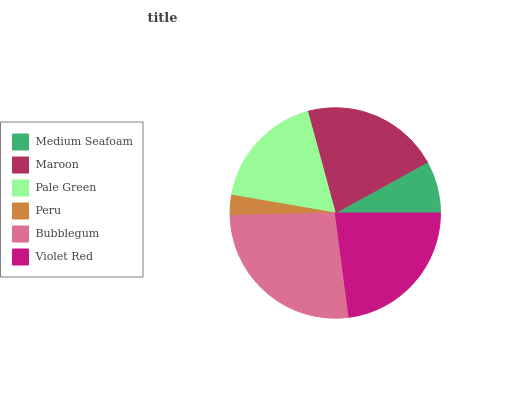
| Medium Seafoam | Maroon | Pale Green | Peru | Bubblegum | Violet Red |
 | --- | --- | --- | --- | --- | --- |
 | 8.03% | 21.2% | 18% | 3.07% | 26.8% | 22.9% |